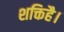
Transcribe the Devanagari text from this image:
शक्तिहै।